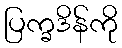
ပြက္ခဒိန်ကို